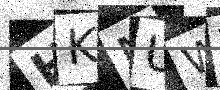
Text: HKMUWT